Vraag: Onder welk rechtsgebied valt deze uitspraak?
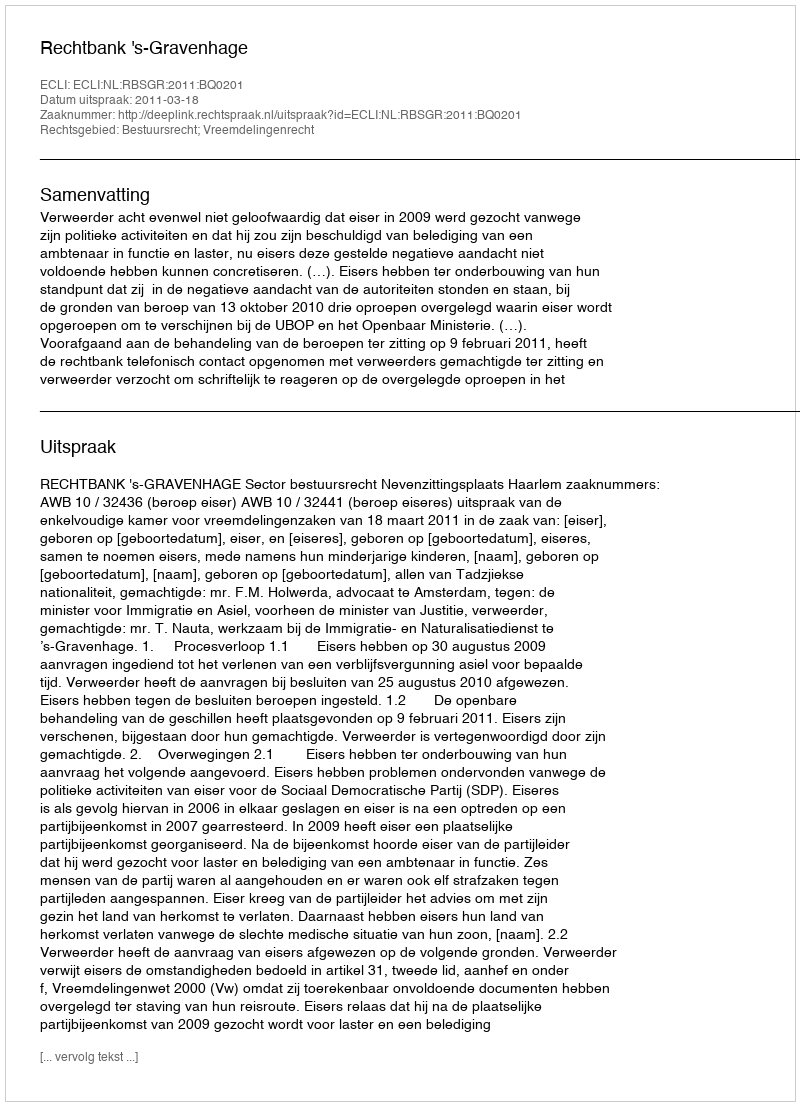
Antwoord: Bestuursrecht; Vreemdelingenrecht